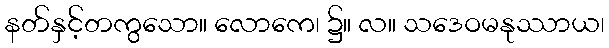
နတ်နှင့်တကွသော။ လောကေ၊ ၌။ လ။ သဒေဝမနုဿာယ၊